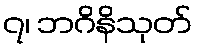
၇၊ ဘဂိနိသုတ်